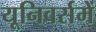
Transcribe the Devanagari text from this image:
यूनिवर्समें